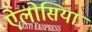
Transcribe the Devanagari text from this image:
ऐलोसिया